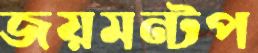
জয়মন্টপ